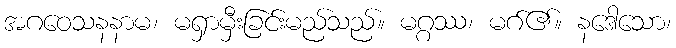
အဂဝေသနနာမ၊ မရှာမှီးခြင်းမည်သည်။ မဂ္ဂဿ၊ မဂ်၏။ နဒေါသော၊